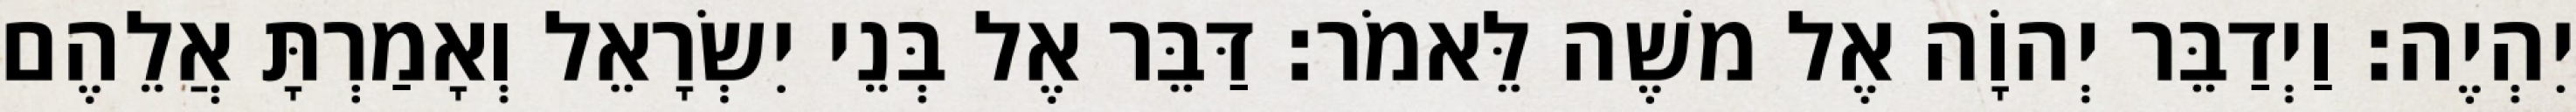
יִהְיֶה׃ וַיְדַבֵּר יְהוָֹה אֶל משֶׁה לֵּאמֹר׃ דַּבֵּר אֶל בְּנֵי יִשְׂרָאֵל וְאָמַרְתָּ אֲלֵהֶם